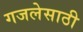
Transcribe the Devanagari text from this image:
गजलेसाठी